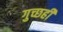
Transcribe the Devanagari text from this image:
गुच्छही